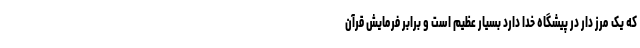
که یک مرز دار در پیشگاه خدا دارد بسیار عظیم است و برابر فرمایش قرآن